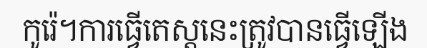
កូរ៉េ។ការធ្វើតេស្តនេះត្រូវបានធ្វើឡើង